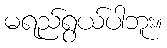
မရည်ရွယ်ပါဘူး။